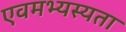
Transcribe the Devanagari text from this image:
एवमभ्यस्यता